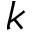
k